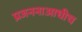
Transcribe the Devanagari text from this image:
प्रजननाआधीच